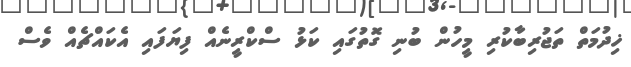
ޚިދުމަތް ތަޖުރިބާކުރި މީހުން ބުނި ގޮތުގައި ކަޅު ސްކްރީނެއް ފިޔަފައި އެކައްޗެއް ވެސް